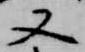
又